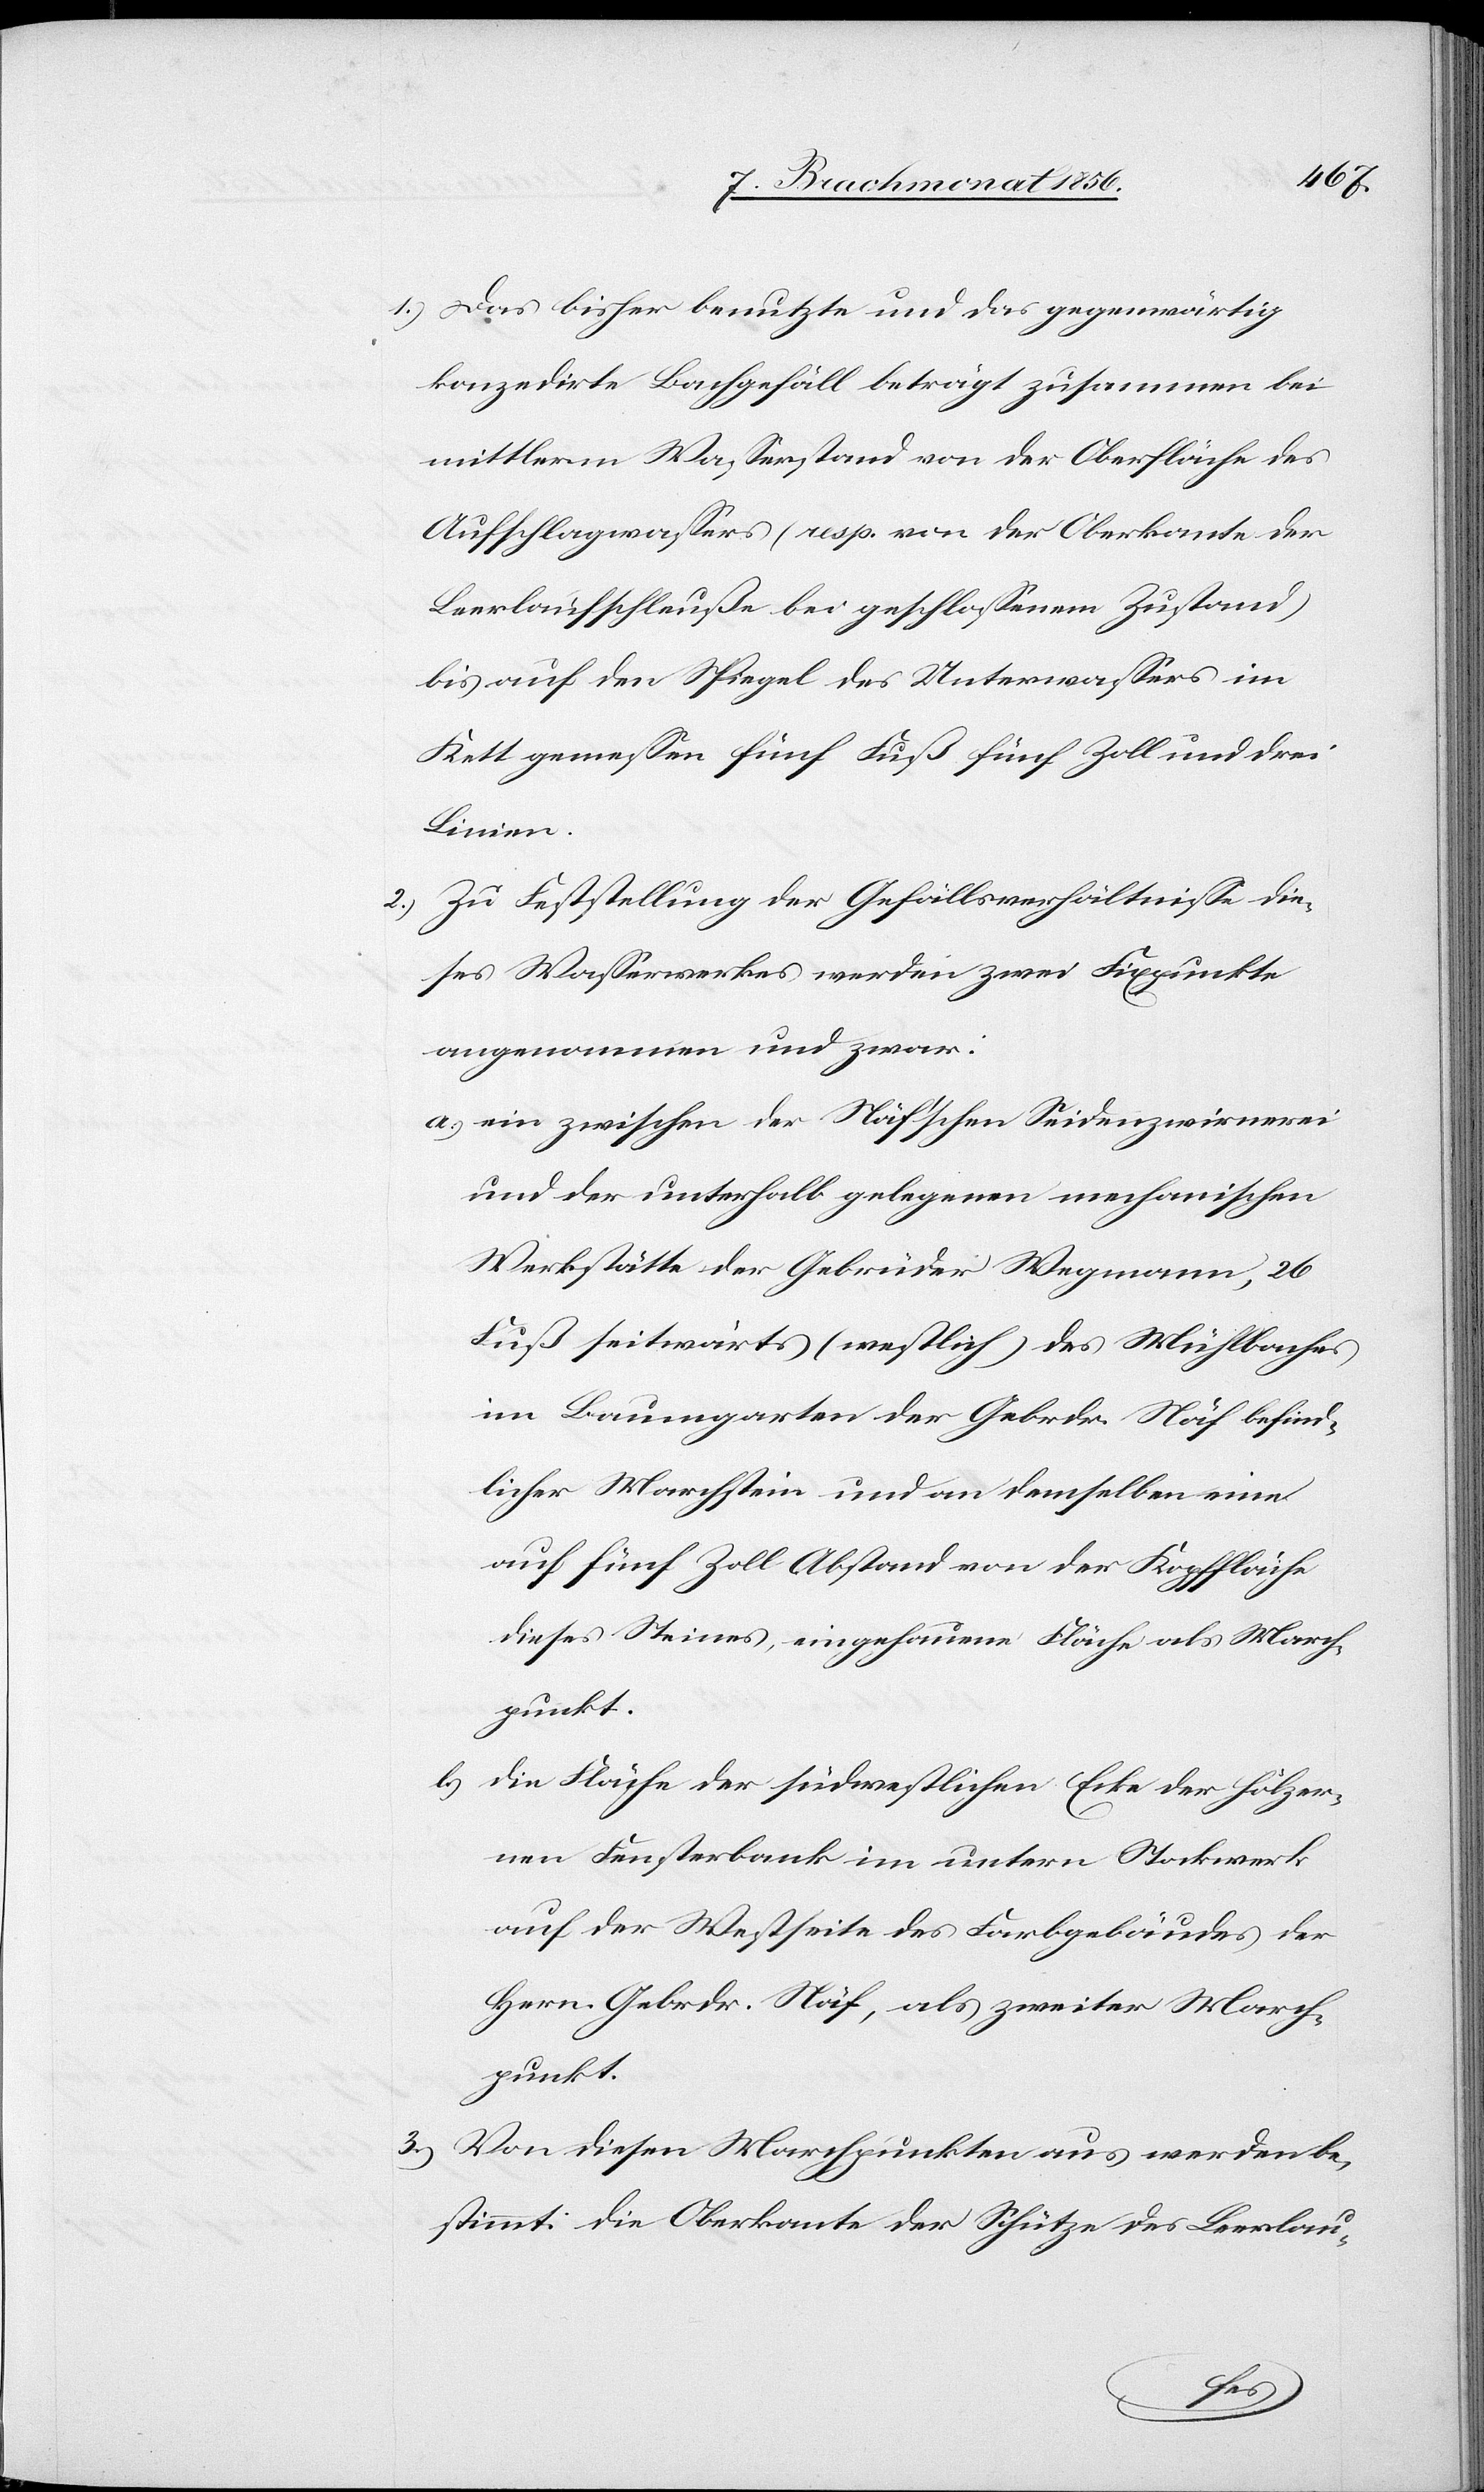
1.) Das bisher benutzte und das gegenwärtig
konzedirte Bachgefäll beträgt zusammen bei
mittlerm Wasserstand von der Oberfläche des
Aufschlagwassers (resp. von der Oberkante der
Leerlaufschleuße bei geschlossenem Zustand)
bis auf den Spiegel des Unterwassers im
Kett gemessen fünf Fuß fünf Zoll und drei
Linien.
2.) Zu Feststellung der Gefällsverhältnisse die¬
ses Wasserwerkes werden zwei Fixpunkte
angenommen und zwar:
a.) ein zwischen der Näf'schen Seidenzwirnerei
und der unterhalb gelegenen mechanischen
Werkstätte der Gebrüder Wegmann, 26
Fuß seitwärts (westlich) des Mühlbaches
im Baumgarten der Gebrdr. Näf befind¬
licher Marchstein und an demselben eine
auf fünf Zoll Abstand von der Kopffläche
dieses Steines eingehauene Fläche als March¬
punkt.
b.) die Fläche der südwestlichen Ecke der hölzer¬
nen Fensterbank im untern Stockwerk
auf der Westseite des Farbgebäudes der
Hern. Gebrdr. Näf, als zweiter March¬
punkt.
3.) Von diesen Marchpunkten aus werden be¬
stimmt: die Oberkante der Schütze des Leerlau-